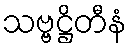
သဗ္ဗဋ္ဌိတီနံ